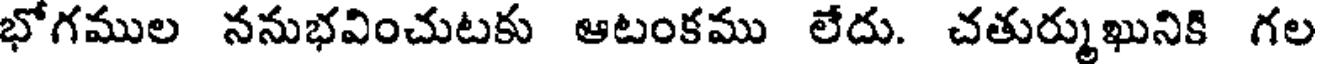
భోగముల ననుభవించుటకు ఆటంకము లేదు. చతుర్ముఖునికి గల